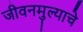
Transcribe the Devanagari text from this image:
जीवनमुल्याचे